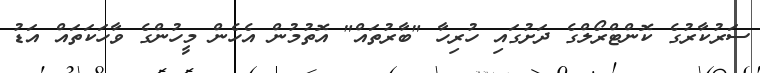
ސަރުކާރުގެ ކޮންޓްރޯލްގެ ދަށުގައި ހުރިހާ "ބާރުތައް" އޮތުމުން އެހެން މީހުންގެ ވާހަކަތައް އަޑު